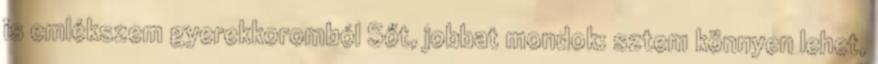
is emlékszem gyerekkoromból Sőt, jobbat mondok: sztem könnyen lehet,